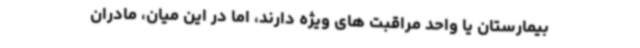
بیمارستان یا واحد مراقبت های ویژه دارند، اما در این میان، مادران